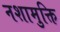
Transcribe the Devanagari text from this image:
नशामुक्ति